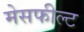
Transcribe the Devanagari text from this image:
मेसफील्ट